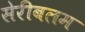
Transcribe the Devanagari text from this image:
सेरीबलम